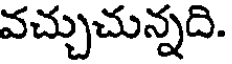
వచ్చుచున్నది.